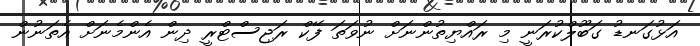
އަޅުގަނޑު ގަބޫލްކުރަނީ މި ރައްޔިތުންނަށް ނުވަތަ ފޭކް ރަޖިސްޓްރީ ދިން އެންމެނަށް އެތަނުން